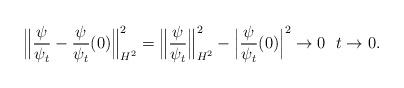
LaTeX: \begin{align*}\Bigl\|\frac{\psi}{\psi_t} - \frac{\psi}{\psi_t}(0)\Bigr\|_{H^2}^2 = \Bigl\|\frac{\psi}{\psi_t}\Bigr\|_{H^2}^2-\Bigl|\frac{\psi}{\psi_t}(0)\Bigr|^2 \to 0 \ \ t\to 0.\end{align*}